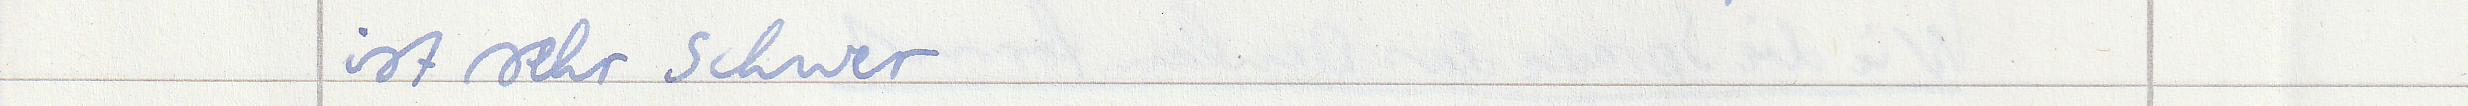
ist sehr schwer